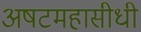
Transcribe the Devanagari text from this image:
अषटमहासीधी